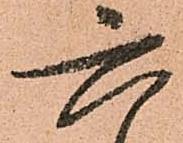
六